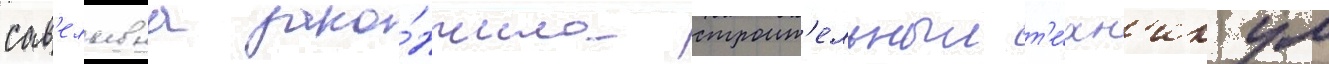
сав'ельевна зако́нчила строит'ельныи т'е́хн'икум